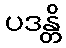
ပဒန္တိ